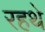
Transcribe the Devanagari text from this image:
रहथे